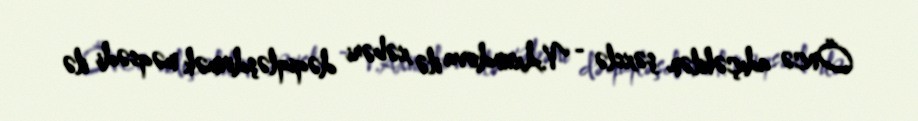
Öncə adıçəkilən şəxslə - V.Axundova ilə xəbəri dəqiqləşdirmək məqsədi ilə